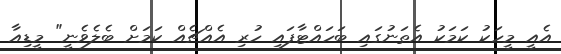
އެއީ މީހަކު ކަމަކު އެތަނުގައި ބަހައްޓާފައި ހުރި އެއްޗެއް ކަމަށް ބެލެވެނީ" މީޑިއާ